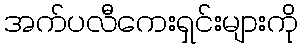
အက်ပလီကေးရှင်းများကို